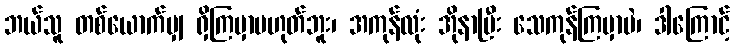
ဘယ်သူ တစ်ယောက်မျှ ရှိကြမှာမဟုတ်ဘူး၊ အကုန်လုံး အိုနာပြီး သေကုန်ကြမှာပဲ၊ ဒါကြောင့်